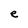
Character: e